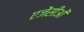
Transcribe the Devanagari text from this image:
एजेंसीओं